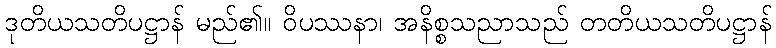
ဒုတိယသတိပဋ္ဌာန် မည်၏။ ဝိပဿနာ၊ အနိစ္စသညာသည် တတိယသတိပဋ္ဌာန်